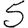
Digit: 5